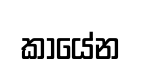
කායේන